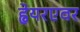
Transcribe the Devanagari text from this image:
ह्वेयरएवर